Annual administration report of the Civil Veterinary Department of India - 1896-1897
Year: 1896
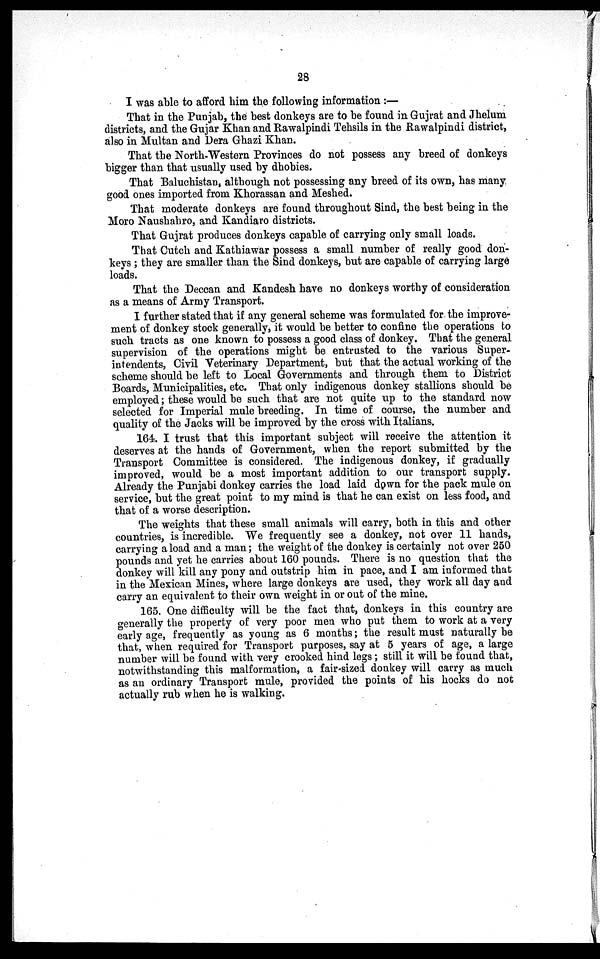
28
I was able to afford him the following information:—
That in the Punjab, the best donkeys are to be found in Gujrat and Jhelum
districts, and the Gujar Khan and Rawalpindi Tehsils in the Rawalpindi district,
also in Multan and Dera Ghazi Khan.
That the North-Western Provinces do not possess any breed of donkeys
bigger than that usually used by dhobies.
That Baluchistan, although not possessing any breed of its own, has many
good ones imported from Khorassan and Meshed.
That moderate donkeys are found throughout Sind, the best being in the
Moro Naushahro, and Kandiaro districts.
That Gujrat produces donkeys capable of carrying only small loads.
That Cutch and Kathiawar possess a small number of really good don-
keys; they are smaller than the Sind donkeys, but are capable of carrying large
loads.
That the Deccan and Kandesh have no donkeys worthy of consideration
as a means of Army Transport.
I further stated that if any general scheme was formulated for the improve-
ment of donkey stock generally, it would be better to confine the operations to
such tracts as one known to possess a good class of donkey. That the general
supervision of the operations might be entrusted to the various Super-
intendents, Civil Veterinary Department, but that the actual working of the
scheme should be left to Local Governments and through them to District
Boards, Municipalities, etc. That only indigenous donkey stallions should be
employed; these would be such that are not quite up to the standard now
selected for Imperial mule breeding. In time of course, the number and
quality of the Jacks will be improved by the cross with Italians.
164. I trust that this important subject will receive the attention it
deserves at the hands of Government, when the report submitted by the
Transport Committee is considered. The indigenous donkey, if gradually
improved, would be a most important addition to our transport supply.
Already the Punjabi donkey carries the load laid down for the pack mule on
service, but the great point to my mind is that he can exist on less food, and
that of a worse description.
The weights that these small animals will carry, both in this and other
countries, is incredible. We frequently see a donkey, not over 11 hands,
carrying a load and a man; the weight of the donkey is certainly not over 250
pounds and yet he carries about 160 pounds. There is no question that the
donkey will kill any pony and outstrip him in pace, and I am informed that
in the Mexican Mines, where large donkeys are used, they work all day and
carry an equivalent to their own weight in or out of the mine.
165. One difficulty will be the fact that, donkeys in this country are
generally the property of very poor men who put them to work at a very
early age, frequently as young as 6 months; the result must naturally be
that, when required for Transport purposes, say at 5 years of age, a large
number will be found with very crooked hind legs; still it will be found that,
notwithstanding this malformation, a fair-sized donkey will carry as much
as an ordinary Transport mule, provided the points of his hocks do not
actually rub when he is walking.